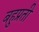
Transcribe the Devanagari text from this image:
बहुप्रती